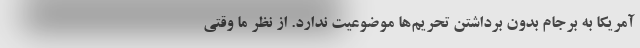
آمریکا به برجام بدون برداشتن تحریم‌ها موضوعیت ندارد. از نظر ما وقتی